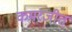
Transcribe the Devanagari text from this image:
कमरजीत